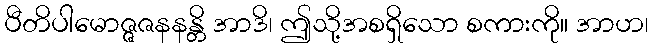
ပီတိပါမောဇ္ဇဇနနန္တိ အာဒိ၊ ဤသို့အစရှိသော စကားကို။ အာဟ၊